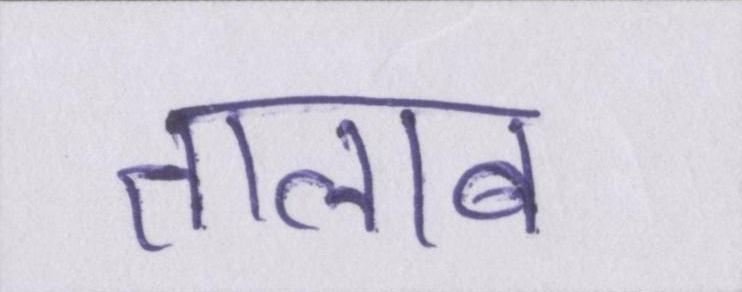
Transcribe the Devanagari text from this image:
तालाब